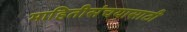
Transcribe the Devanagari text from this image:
माहितीसंचयासाठी